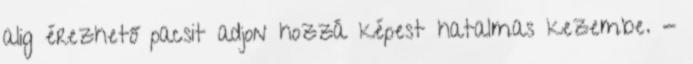
alig érezhető pacsit adjon hozzá képest hatalmas kezembe. -